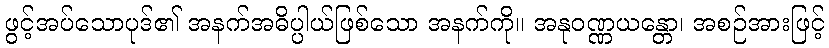
ဖွင့်အပ်သောပုဒ်၏ အနက်အဓိပ္ပါယ်ဖြစ်သော အနက်ကို။ အနုဝဏ္ဏယန္တော၊ အစဉ်အားဖြင့်